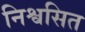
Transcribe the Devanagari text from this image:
निश्वसित